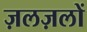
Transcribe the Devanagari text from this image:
ज़लज़लों